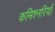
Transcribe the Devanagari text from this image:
कमिश्नरियाँ